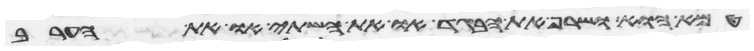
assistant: טמא הוא ושרף את הבגד או את השתי או את הערב